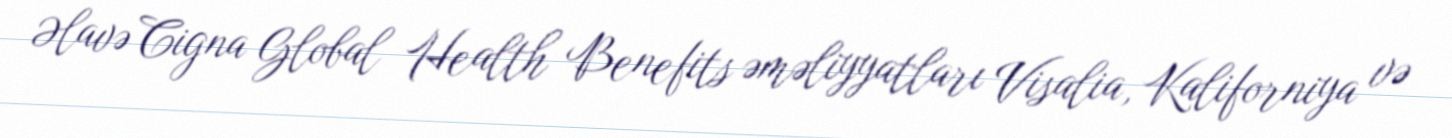
Əlavə Cigna Global Health Benefits əməliyyatları Visalia, Kaliforniya və